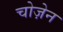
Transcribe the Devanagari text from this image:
चोज़ेन